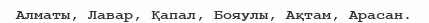
Алматы, Лавар, Қапал, Бояулы, Ақтам, Арасан.